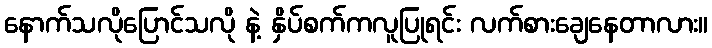
နောက်သလိုပြောင်သလို နဲ့ နှိပ်စက်ကလူပြုရင်း လက်စားချေနေတာလား။